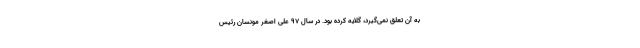
به آن تعلق نمی‌گیرد، گلایه کرده بود. در سال ۹۷ علی اصغر مونسان رئیس